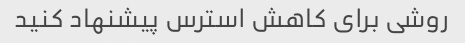
روشی برای کاهش استرس پیشنهاد کنید